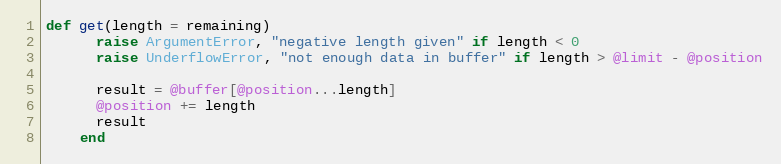
Language: Ruby
def get(length = remaining)
      raise ArgumentError, "negative length given" if length < 0
      raise UnderflowError, "not enough data in buffer" if length > @limit - @position

      result = @buffer[@position...length]
      @position += length
      result
    end